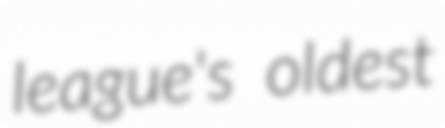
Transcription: league's oldest